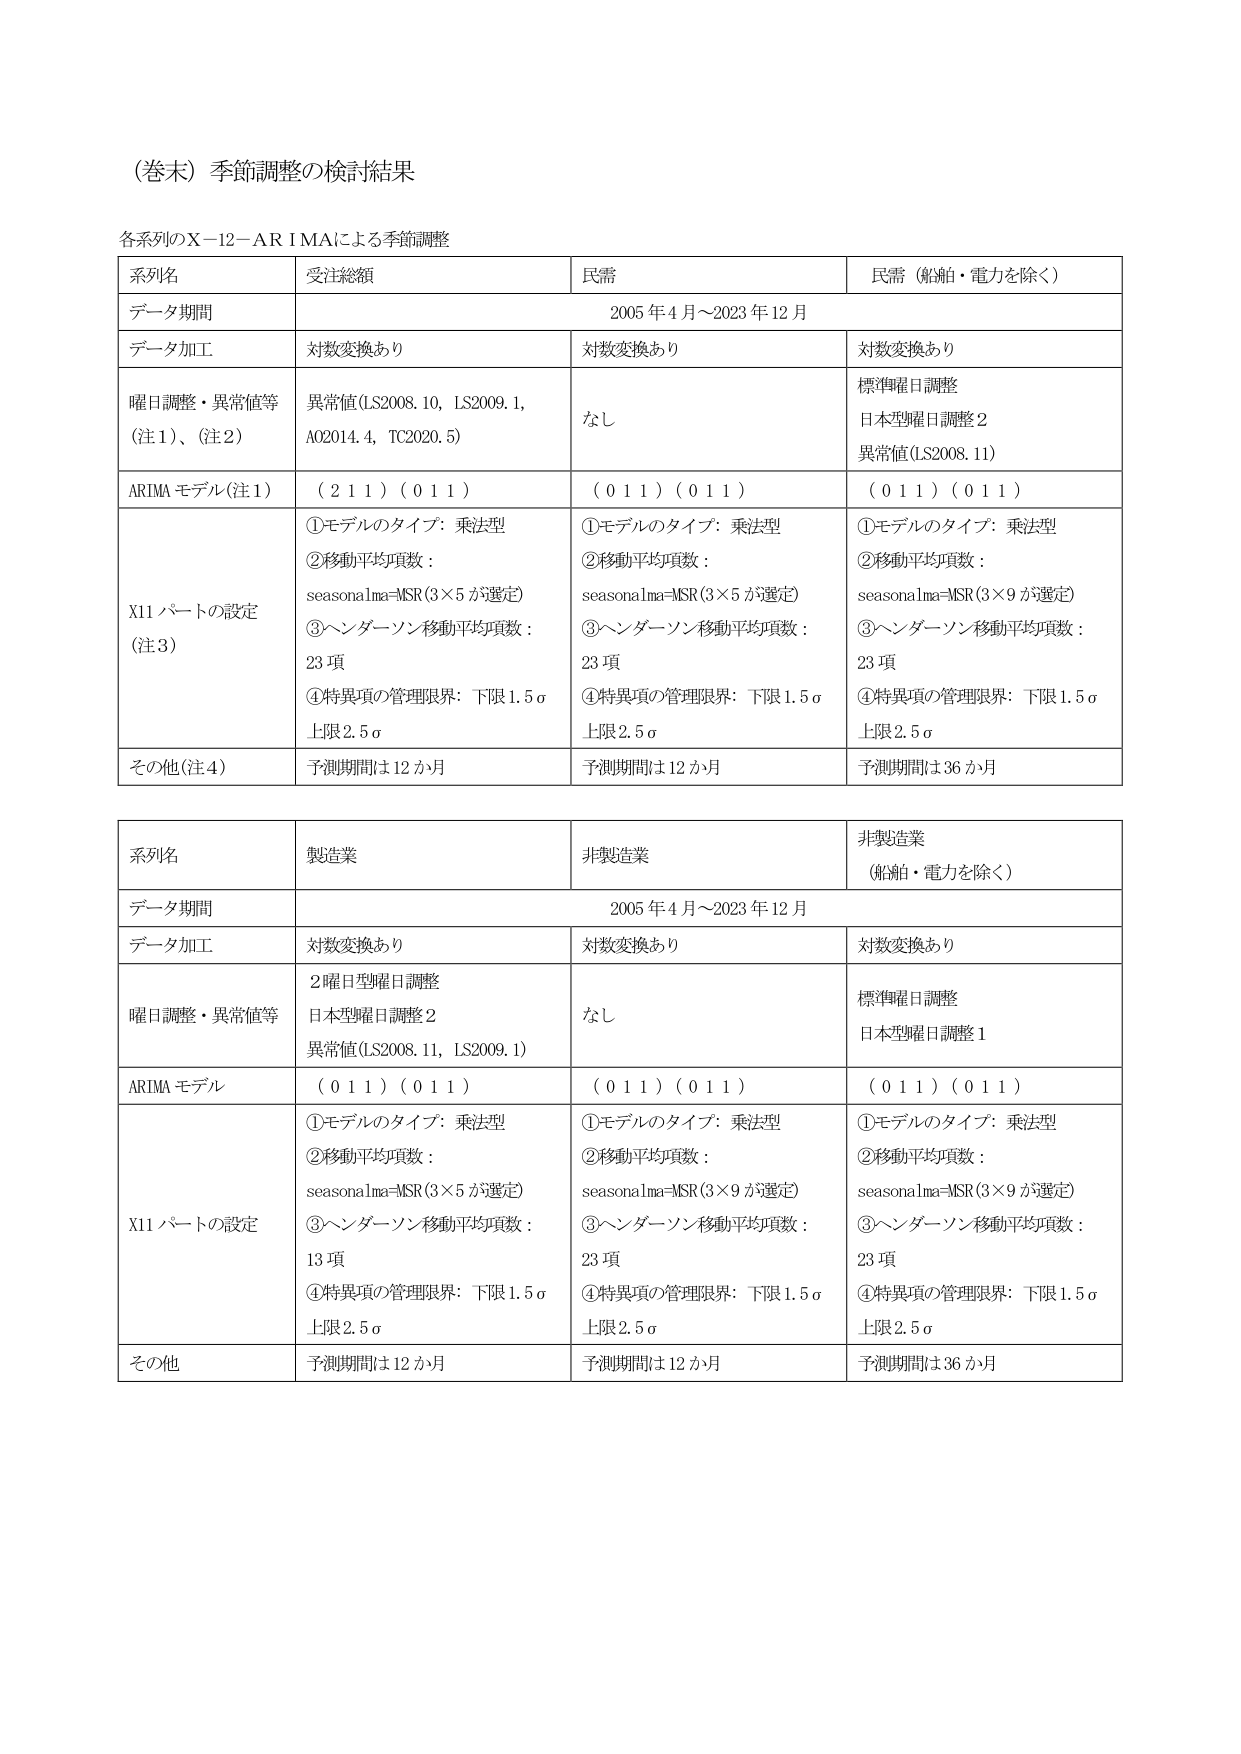
（巻末）季節調整の検討結果

各系列のX-12-ARIMAによる季節調整

| 系列名 | 受注総額 | 民需 | 民需（船舶・電力を除く） |
|--------|----------|------|--------------------------|
| データ期間 | | 2005年4月～2023年12月 | |
| データ加工 | 対数変換あり | 対数変換あり | 対数変換あり |
| 曜日調整・異常値等（注1）、（注2） | 異常値(LS2008.10, LS2009.1, A02014.4, TC2020.5) | なし | 標準曜日調整<br>日本型曜日調整2<br>異常値(LS2008.11) |
| ARIMAモデル（注1） | （2 1 1）（0 1 1） | （0 1 1）（0 1 1） | （0 1 1）（0 1 1） |
| X11パーソンの設定（注3） | ①モデルのタイプ：乗法型<br>②移動平均項数：<br>seasonalma=MSR（3×5が選定）<br>③ヘンダーソン移動平均項数：<br>23項<br>④特異項の管理限界：下限1.5σ<br>上限2.5σ | ①モデルのタイプ：乗法型<br>②移動平均項数：<br>seasonalma=MSR（3×5が選定）<br>③ヘンダーソン移動平均項数：<br>23項<br>④特異項の管理限界：下限1.5σ<br>上限2.5σ | ①モデルのタイプ：乗法型<br>②移動平均項数：<br>seasonalma=MSR（3×9が選定）<br>③ヘンダーソン移動平均項数：<br>23項<br>④特異項の管理限界：下限1.5σ<br>上限2.5σ |
| その他（注4） | 予測期間は12か月 | 予測期間は12か月 | 予測期間は36か月 |

| 系列名 | 製造業 | 非製造業 | 非製造業（船舶・電力を除く） |
|--------|--------|----------|----------------------------|
| データ期間 | | 2005年4月～2023年12月 | |
| データ加工 | 対数変換あり | 対数変換あり | 対数変換あり |
| 曜日調整・異常値等 | 2曜日型曜日調整<br>日本型曜日調整2<br>異常値(LS2008.11, LS2009.1) | なし | 標準曜日調整<br>日本型曜日調整1 |
| ARIMAモデル | （0 1 1）（0 1 1） | （0 1 1）（0 1 1） | （0 1 1）（0 1 1） |
| X11パーソンの設定 | ①モデルのタイプ：乗法型<br>②移動平均項数：<br>seasonalma=MSR（3×5が選定）<br>③ヘンダーソン移動平均項数：<br>13項<br>④特異項の管理限界：下限1.5σ<br>上限2.5σ | ①モデルのタイプ：乗法型<br>②移動平均項数：<br>seasonalma=MSR（3×9が選定）<br>③ヘンダーソン移動平均項数：<br>23項<br>④特異項の管理限界：下限1.5σ<br>上限2.5σ | ①モデルのタイプ：乗法型<br>②移動平均項数：<br>seasonalma=MSR（3×9が選定）<br>③ヘンダーソン移動平均項数：<br>23項<br>④特異項の管理限界：下限1.5σ<br>上限2.5σ |
| その他 | 予測期間は12か月 | 予測期間は12か月 | 予測期間は36か月 |